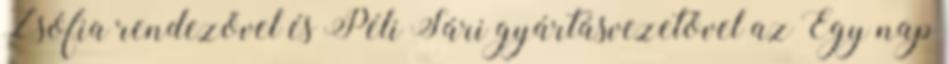
Zsófia rendezővel és Péli Sári gyártásvezetővel az Egy nap